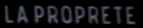
LA PROPRETE